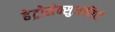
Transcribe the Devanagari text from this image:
हेट्रोसेक्सुआलिटी